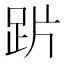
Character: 𲃙